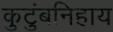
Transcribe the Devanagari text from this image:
कुटुंबनिहाय